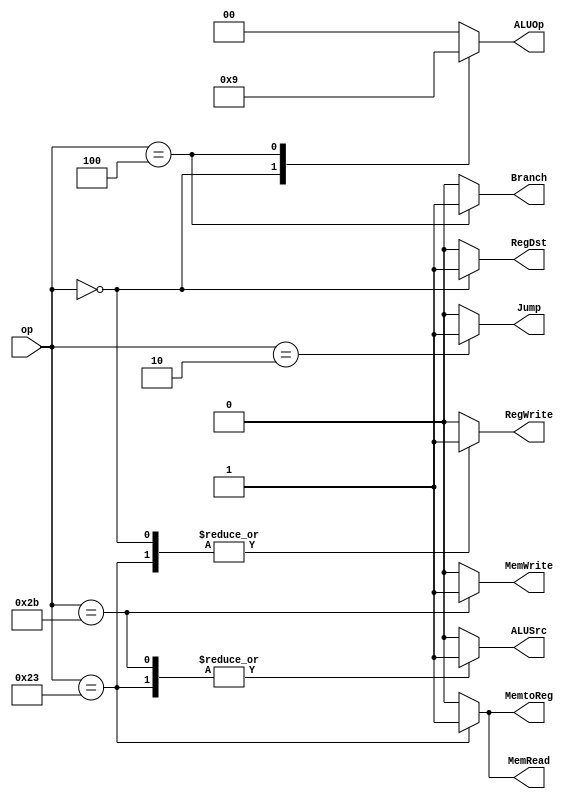
`timescale 1ns / 1ps
//////////////////////////////////////////////////////////////////////////////////
// Company: 
// Engineer: 
// 
// Design Name: 
// Module Name: MAIN_CONTROL
// Project Name: 
// Target Devices: 
// Tool Versions: 
// Description: 
// 
// Dependencies: 
// 
// Revision:
// Revision 0.01 - File Created
// Additional Comments:
// 
//////////////////////////////////////////////////////////////////////////////////


module MAIN_CONTROL(op, RegDst, Jump, Branch, MemRead, MemtoReg, ALUOp, MemWrite, ALUSrc, RegWrite);
    input [5:0] op;
    output reg RegDst, Jump, Branch, MemRead, MemtoReg, MemWrite, ALUSrc, RegWrite;
    output reg [1:0] ALUOp;
    
    always@(op) begin
        case (op)
            6'b000000: //R`
            begin
                RegDst   <= 1;
                ALUSrc   <= 0;
                MemtoReg <= 0;
                RegWrite <= 1;
                MemRead  <= 0;
                MemWrite <= 0;
                Branch   <= 0;
                ALUOp    <= 2'b10;
                
                Jump     <= 0;
            end
            
            6'b000100: 
            begin//beq
                RegDst   <= 0;
                ALUSrc   <= 0;
                MemtoReg <= 0;
                RegWrite <= 0;
                MemRead  <= 0;
                MemWrite <= 0;
                Branch   <= 1;
                ALUOp    <= 2'b01;
                
                Jump     <= 0;
             end
            
            6'b100011: //lw
            begin
                RegDst   <= 0;
                ALUSrc   <= 1;
                MemtoReg <= 1;
                RegWrite <= 1;
                MemRead  <= 1;
                MemWrite <= 0;
                Branch   <= 0;
                ALUOp    <= 2'b00;
                
                Jump     <= 0;
            end
            
            6'b101011: //sw
            begin
                RegDst   <= 0;
                ALUSrc   <= 1;
                MemtoReg <= 0;
                RegWrite <= 0;
                MemRead  <= 0;
                MemWrite <= 1;
                Branch   <= 0;
                ALUOp    <= 2'b00;
                
                Jump     <= 0;
            end
            
            6'b000010: //Jump
            begin
                RegDst   <= 0;
                ALUSrc   <= 0;
                MemtoReg <= 0;
                RegWrite <= 0;
                MemRead  <= 0;
                MemWrite <= 0;
                Branch   <= 0;
                ALUOp    <= 2'b00;
                
                Jump     <= 1;
            end
            
            default : 
                begin 
                    RegDst   <= 0;
                    ALUSrc   <= 0;
                    MemtoReg <= 0;
                    RegWrite <= 0;
                    MemRead  <= 0;
                    MemWrite <= 0;
                    Branch   <= 0;
                    ALUOp    <= 2'b00;
                
                    Jump     <= 0;
                end
        endcase
     end
endmodule